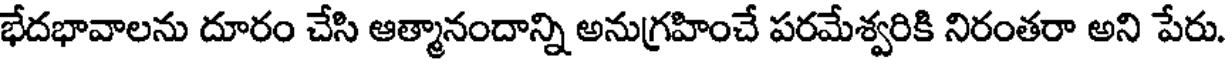
భేదభావాలను దూరం చేసి ఆత్మానందాన్ని అనుగ్రహించే పరమేశ్వరికి నిరంతరా అని పేరు.